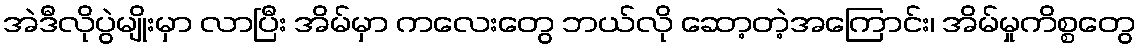
အဲဒီလိုပွဲမျိုးမှာ လာပြီး အိမ်မှာ ကလေးတွေ ဘယ်လို ဆော့တဲ့အကြောင်း၊ အိမ်မှုကိစ္စတွေ